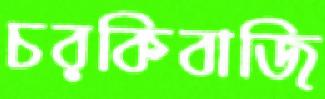
চরকিবাজি